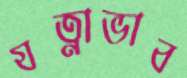
যত্নাভাব